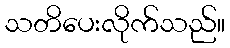
သတိပေးလိုက်သည်။